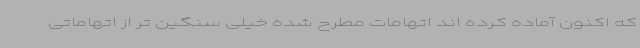
که اکنون آماده کرده اند اتهامات مطرح شده خیلی سنگین تر از اتهاماتی